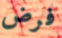
فرض